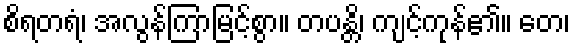
စိရတရံ၊ အလွန်ကြာမြင့်စွာ။ တပန္တိ၊ ကျင့်ကုန်၏။ တေ၊